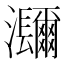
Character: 𤅤